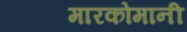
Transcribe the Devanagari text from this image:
मारकोमानी